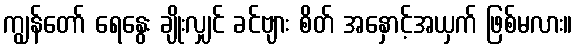
ကျွန်တော် ရေနွေး ချိုးလျှင် ခင်ဗျား စိတ် အနှောင့်အယှက် ဖြစ်မလား။